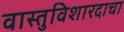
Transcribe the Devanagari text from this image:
वास्तुविशारदाचा